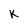
Character: K